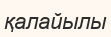
қалайылы